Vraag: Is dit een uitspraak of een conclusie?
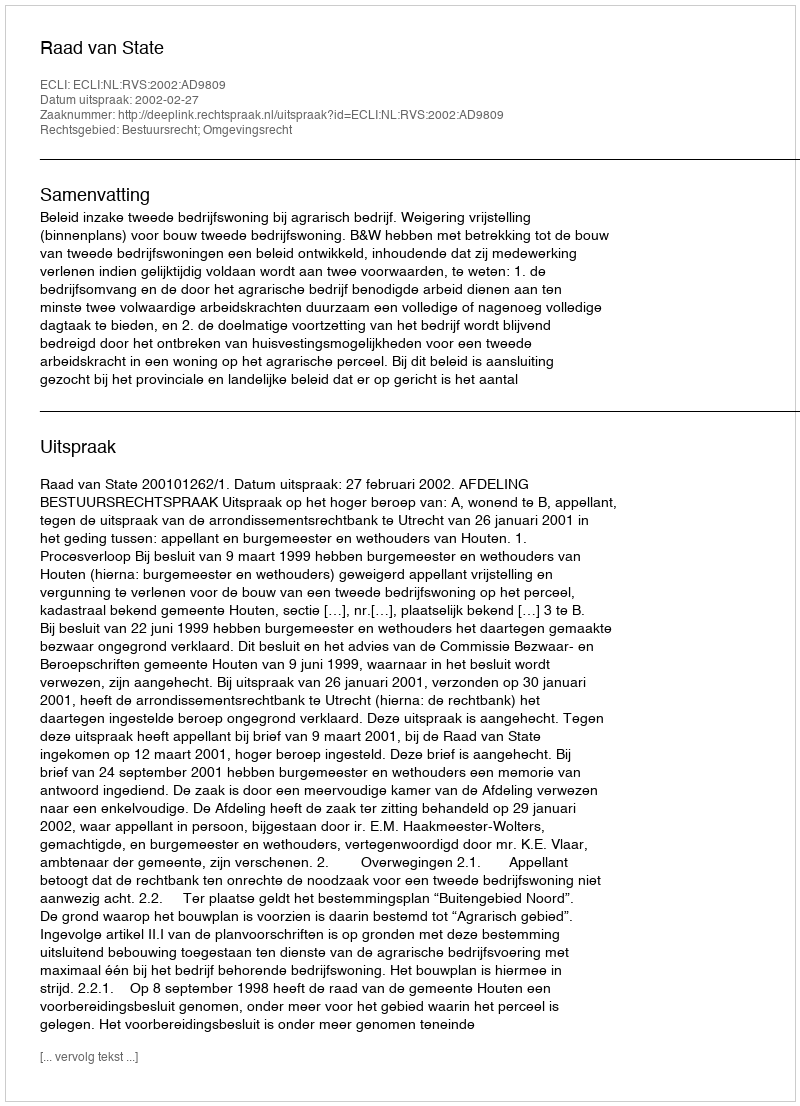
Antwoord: Uitspraak